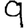
Digit: 9